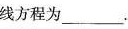
线方程为___。